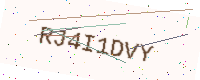
Text: RJ4I1DVY